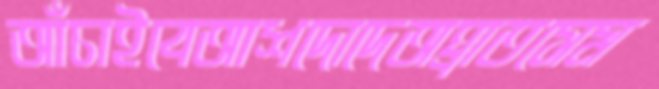
আঁচাইবেআশদোদেঅঘ্রাতসেম